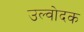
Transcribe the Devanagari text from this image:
उल्वोदक